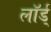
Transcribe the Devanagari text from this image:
लॉर्ड्